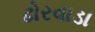
ઢોરવાડા